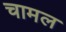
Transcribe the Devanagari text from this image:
चामल